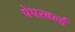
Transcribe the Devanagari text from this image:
पेपरवर्ल्ड